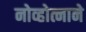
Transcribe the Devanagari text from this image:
नोव्होत्नाने